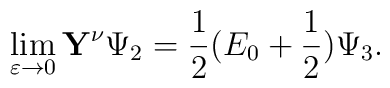
\lim_{\varepsilon\to0}\mathbf{Y}^\nu\Psi_2=\frac{1}{2}(E_0+\frac{1}{2})\Psi_3.